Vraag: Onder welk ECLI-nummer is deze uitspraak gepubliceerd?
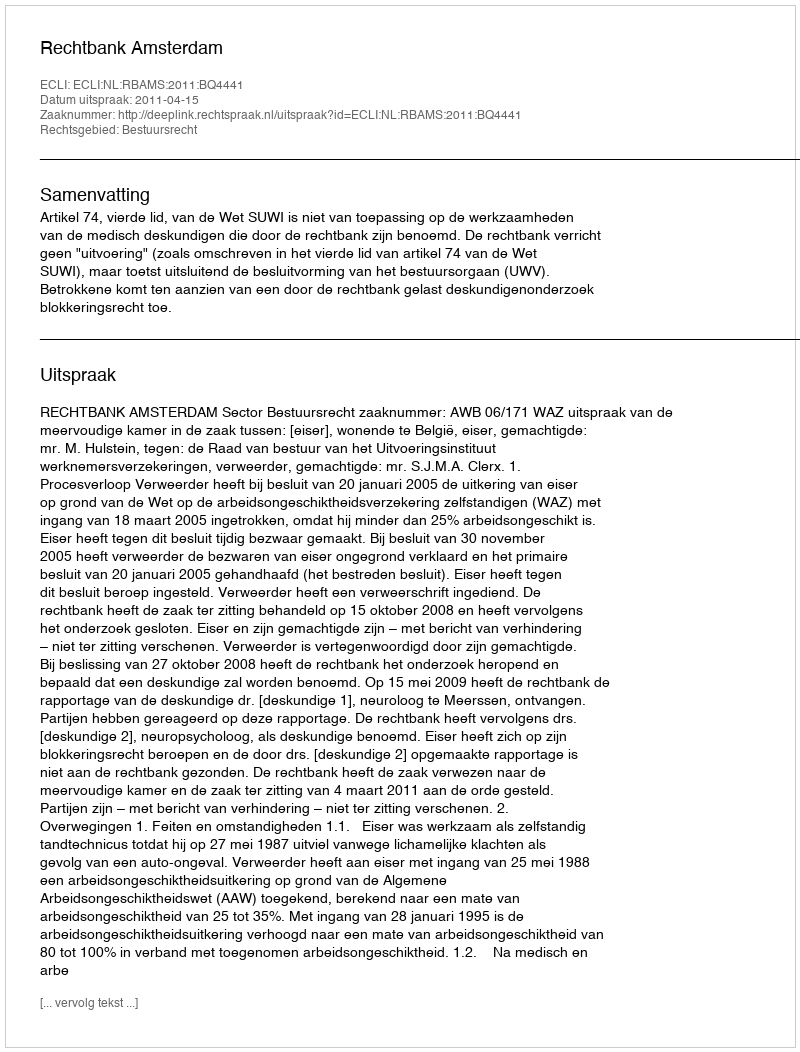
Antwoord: ECLI:NL:RBAMS:2011:BQ4441